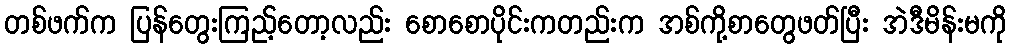
တစ်ဖက်က ပြန်တွေးကြည့်တော့လည်း စောစောပိုင်းကတည်းက အစ်ကို့စာတွေဖတ်ပြီး အဲဒီမိန်းမကို